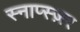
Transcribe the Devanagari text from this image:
स्नाप्स्ज़र